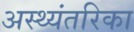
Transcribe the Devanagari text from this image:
अस्थ्यंतरिका